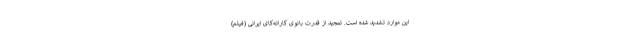
این موارد تشدید شده است. تمجید از قدرت بانوی کاراته‌کای ایرانی (فیلم)